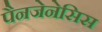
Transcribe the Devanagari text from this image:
पैनजेनेसिस